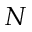
N